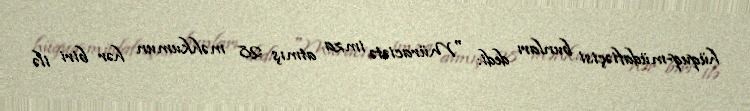
hüquq-müdafiəçisi bunları dedi: "Müraciətə imza atmış 28 məhkumun hər biri ilə